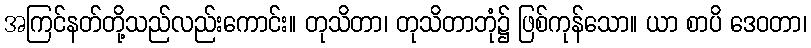
အကြင်နတ်တို့သည်လည်းကောင်း။ တုသိတာ၊ တုသိတာဘုံ၌ ဖြစ်ကုန်သော။ ယာ စာပိ ဒေဝတာ၊